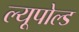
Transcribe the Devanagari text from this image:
ल्यूपोल्ड